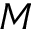
M